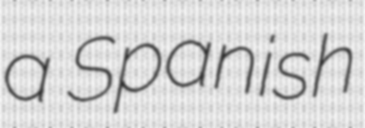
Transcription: a Spanish